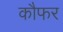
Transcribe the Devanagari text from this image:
कौफर